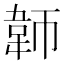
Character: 𬰪